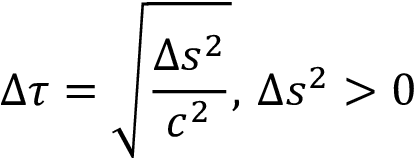
\Delta \tau = { \sqrt { \frac { \Delta s ^ { 2 } } { c ^ { 2 } } } } , \, \Delta s ^ { 2 } > 0